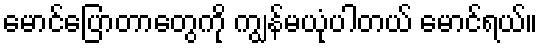
မောင်ပြောတာတွေကို ကျွန်မယုံပါတယ် မောင်ရယ်။